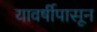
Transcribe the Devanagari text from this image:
यावर्षीपासून